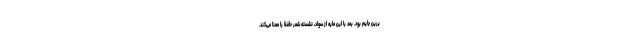
برین جایم بود. بعد با این مایه از سواد، نشسته شعر حافظ را معنا می‌کند.